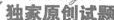
独家原创试题